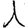
Digit: 1